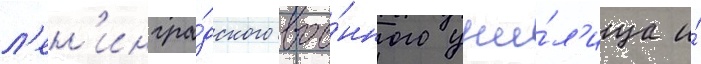
л'ен'ингра́дского вое́нного учи́л'ища и́